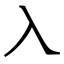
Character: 入